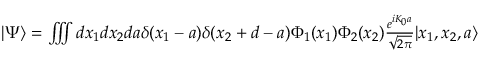
\begin{array} { r } { | \Psi \rangle = \iiint d x _ { 1 } d x _ { 2 } d a \delta ( x _ { 1 } - a ) \delta ( x _ { 2 } + d - a ) \Phi _ { 1 } ( x _ { 1 } ) \Phi _ { 2 } ( x _ { 2 } ) \frac { e ^ { i K _ { 0 } a } } { \sqrt { 2 \pi } } | x _ { 1 } , x _ { 2 } , a \rangle } \end{array}